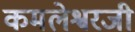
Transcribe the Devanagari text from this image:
कमलेश्वरजी